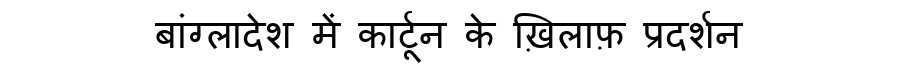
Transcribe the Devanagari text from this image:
बांग्लादेश में कार्टून के ख़िलाफ़ प्रदर्शन